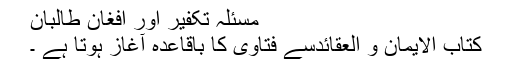
مسئلہ تکفیر اور افغان طالبان
کتاب الایمان و العقائدسے فتاویٰ کا باقاعدہ آغاز ہوتا ہے ۔